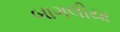
બાગલીયા